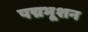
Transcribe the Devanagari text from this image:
पद्मभूशन